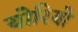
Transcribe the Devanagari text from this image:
योरियो